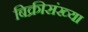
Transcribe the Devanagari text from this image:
बिक्रीसंख्या